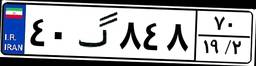
۴۰گ۸۴۸۷۰